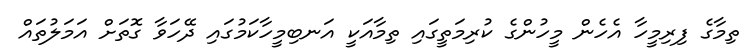
ތިމާގެ ފިރިމީހާ އެހެން މީހުންގެ ކުރިމަތީގައި ތިމާއަކީ އަނބިމީހާކަމުގައި ދޭހަވާ ގޮތަށް އަމަލުތައް